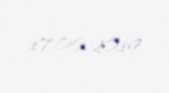
17.06.2019